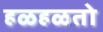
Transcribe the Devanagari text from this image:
हळहळतो